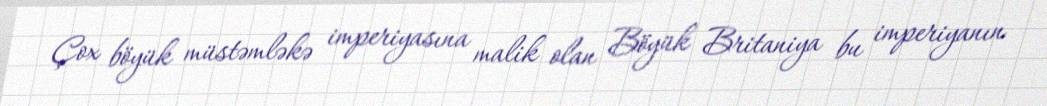
Çox böyük müstəmləkə imperiyasına malik olan Böyük Britaniya bu imperiyanın